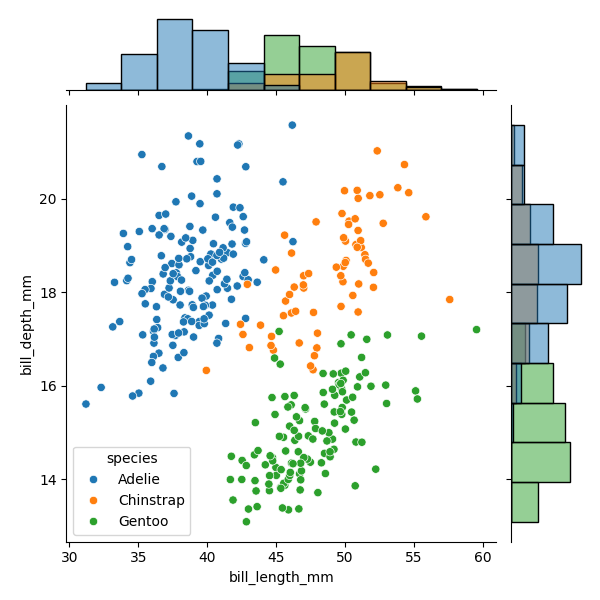
python, seaborn, JointGrid, scatterplot, histplot, hue